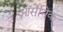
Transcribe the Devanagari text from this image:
आर्सेंनिक